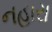
નહારા